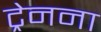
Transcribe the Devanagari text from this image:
ट्रेनना